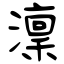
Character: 澟